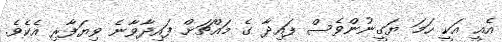
އެއީ އަކީ ހަމަ ޔަގީނުންވެސް ފައިދާ ގެ މައްޗަށް ފައިދާވާނެ ވިޔަފާރި އެކެވެ.